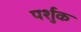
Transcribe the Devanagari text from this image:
पर्शुक